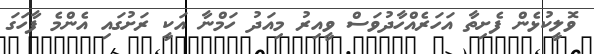
ވޮލީކުޅެން ފެށިތާ އަހަރެއްހާދުވަސް ވީއިރު މިއަދު ހަމްނާ އަކީ ރަށުގައި އެންމެ ފާހަގަ